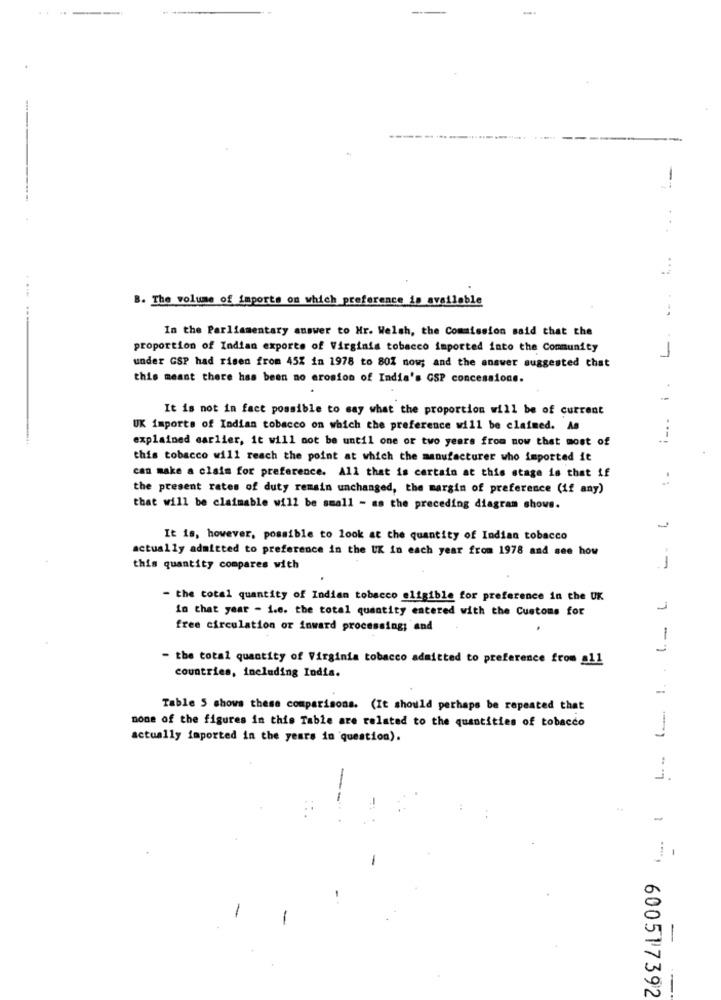
B. The volume of imports on which preference is available
In the Parliamentary answer to Hr. Welsh, the Commission said that the
proportion of Indian exporte of Virginia tobacco imported into the Community
under GSP had risen from 45% in 1978 to 80% now; and the answer suggested that
this meant there has been no erosion of India's GSP concessions.
It is not in fact possible to say what the proportion will be of current
UK imports of Indian tobacco on which the preference will be claimed. As
explained carlier, it will not be until one or two years from now that most of
this tobacco will reach the point at which the manufacturer who imported it
can make a claim for preference. All that is certain at this stage is that if
the present rates of duty remain unchanged, the margin of preference (if any)
that will be claimable will be small - as the preceding diagram shows.
It is, however, possible to look at the quantity of Indian tobacco
actually admitted to preference in the UK in each year from 1978 and see how
this quantity compares with
--
- the total quantity of Indian tobacco eligible for preference in the UK
In that year - 1.e. the total quantity entered with the Customs for
1
free circulation or inward processing; and
- the total quantity of Virginia tobacco admitted to preference from all
countries, including India.
Table 5 shows these comparisons. (It should perhaps be repeated that
none of the figures in this Table are related to the quantities of tobacco
actually imported in the years in question).
-
600517392